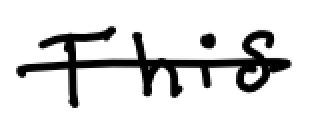
Text: This
Cross-out: single-line
Writing tool: digital_black